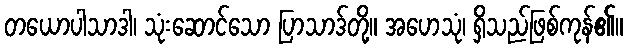
တယောပါသာဒါ၊ သုံးဆောင်သော ပြာသာဒ်တို့။ အဟေသုံ၊ ရှိသည်ဖြစ်ကုန်၏။